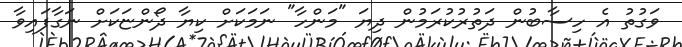
ވަގުތު އެ ހިސާބުން ދަތުރުކުރަމުން ދިޔަ "މަންހާ" ނަމަކަށް ކިޔާ ދޯންޏަކަށް ނަގާފައިވާ